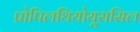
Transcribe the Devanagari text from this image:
प्रोपिलथियोयूरासिल